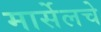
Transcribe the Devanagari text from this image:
मार्सेलचे